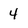
Character: 4